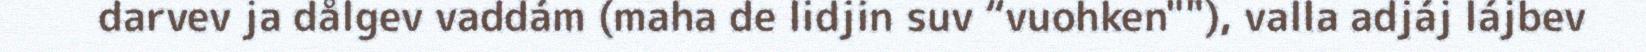
darvev ja dålgev vaddám (maha de lidjin suv “vuohken""), valla adjáj lájbev